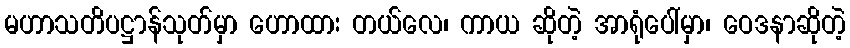
မဟာသတိပဋ္ဌာန်သုတ်မှာ ဟောထား တယ်လေ၊ ကာယ ဆိုတဲ့ အာရုံပေါ်မှာ၊ ဝေဒနာဆိုတဲ့